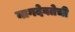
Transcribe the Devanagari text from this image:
नागदेवतेची